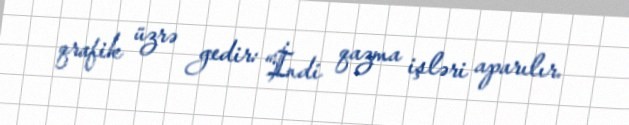
qrafik üzrə gedir: “İndi qazma işləri aparılır.